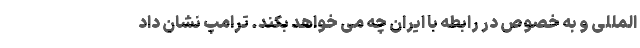
المللی و به خصوص در رابطه با ایران چه می خواهد بکند. ترامپ نشان داد